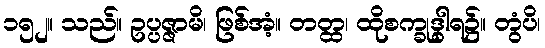
၁၅၂။ သည်။ ဥပ္ပဇ္ဇာမိ၊ ဖြစ်အံ့။ တတ္ထ၊ ထိုစက္ခုဒွါရ၌။ တွံပိ၊